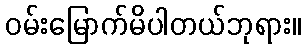
ဝမ်းမြောက်မိပါတယ်ဘုရား။